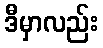
ဒီမှာလည်း